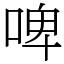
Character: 啤